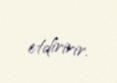
etdiririr.